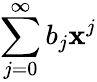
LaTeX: \sum_{j=0}^{\infty}b_{j}\mathbf{x}^{j}